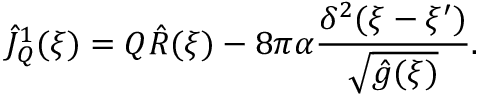
{ \hat { J } _ { Q } ^ { 1 } } ( \xi ) = Q { \hat { R } } ( \xi ) - 8 \pi \alpha { \frac { { \delta ^ { 2 } } ( \xi - \xi ^ { \prime } ) } { \sqrt { \hat { g } ( \xi ) } } } .